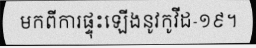
មកពីការផ្ទុះឡើងនូវកូវីដ-១៩។